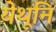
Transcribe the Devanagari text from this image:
येथूनि